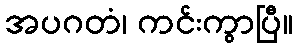
အပဂတံ၊ ကင်းကွာပြီ။